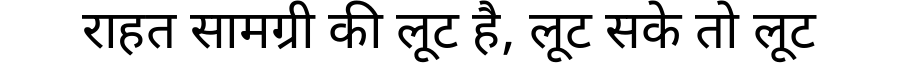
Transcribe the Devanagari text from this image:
राहत सामग्री की लूट है, लूट सके तो लूट